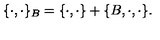
\{ \cdot , \cdot \} _ { B } = \{ \cdot , \cdot \} + \{ B , \cdot , \cdot \} .